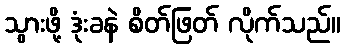
သွားဖို့ ဒုံးခနဲ စိတ်ဖြတ် လိုက်သည်။